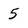
Character: 5